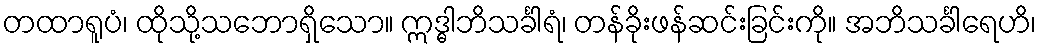
တထာရူပံ၊ ထိုသို့သဘောရှိသော။ ဣဒ္ဓါဘိသင်္ခါရံ၊ တန်ခိုးဖန်ဆင်းခြင်းကို။ အဘိသင်္ခါရေဟိ၊